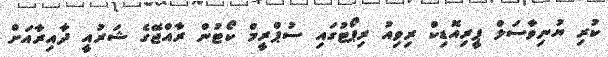
ކުރި ޔުނިވާސަލް ޕީރިއޮޑިކް ރިވިއު ރިޕޯޓުގައި ސުޕްރީމް ކޯޓުން ރާއްޖޭގެ ޝަރުއީ ދާއިރާއަށް